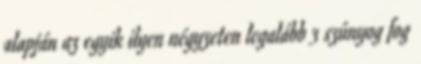
alapján az egyik ilyen négyzeten legalább 3 szúnyog fog